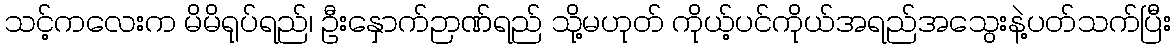
သင့်ကလေးက မိမိရုပ်ရည်၊ ဦးနှောက်ဉာဏ်ရည် သို့မဟုတ် ကိုယ့်ပင်ကိုယ်အရည်အသွေးနဲ့ပတ်သက်ပြီး